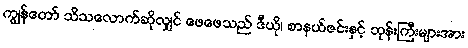
ကျွန်တော် သိသလောက်ဆိုလျှင် ဖေဖေသည် ဒီယို၊ စာနယ်ဇင်းနှင့် ဘုန်းကြီးများအား